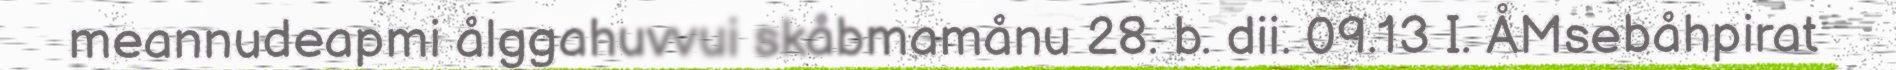
meannudeapmi ålggahuvvui skåbmamånu 28. b. dii. 09.13 I. ÅMsebåhpirat